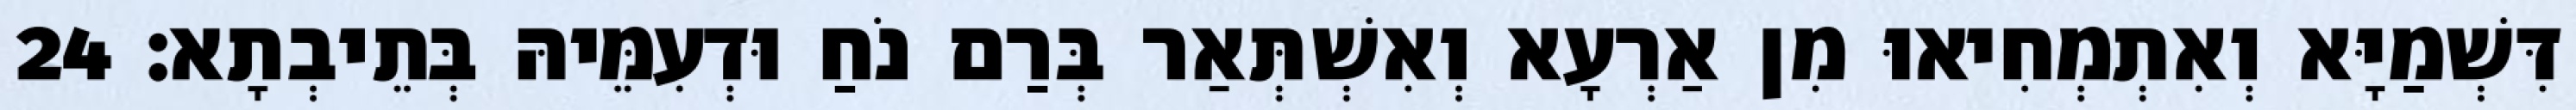
דִּשְׁמַיָּא וְאִתְמְחִיאוּ מִן אַרְעָא וְאִשְׁתְּאַר בְּרַם נֹחַ וּדְעִמֵּיהּ בְּתֵיבְתָא׃ 24